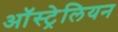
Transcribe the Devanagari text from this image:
आॅस्ट्रेलियन